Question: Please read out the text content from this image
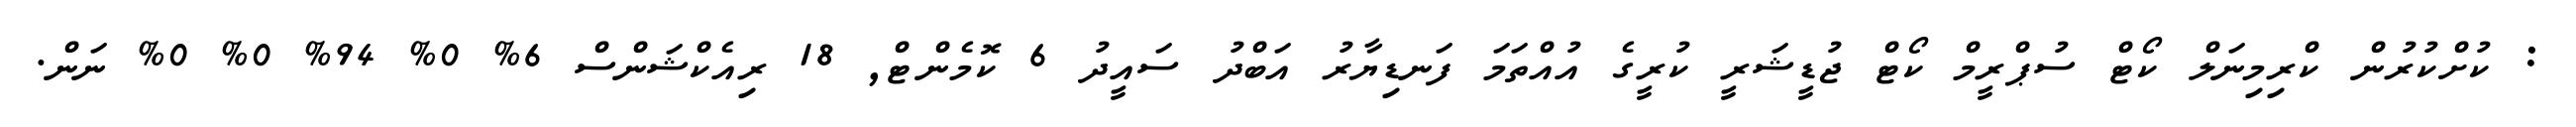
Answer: : ކުށްކުރުން ކްރިމިނަލް ކޯޓް ސުޕްރީމް ކޯޓް ޖުޑީޝަރީ ކުރީގެ އުއްތަމަ ފަނޑިޔާރު އަބްދު ސައީދު 6 ކޮމެންޓް, 18 ރިއެކްޝަންސް 6% 0% 94% 0% 0% ނަން.